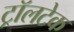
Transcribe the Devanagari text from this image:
ट्रॉलटेक